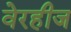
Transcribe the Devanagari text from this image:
वेरहीज